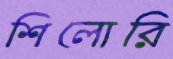
শিলোরি